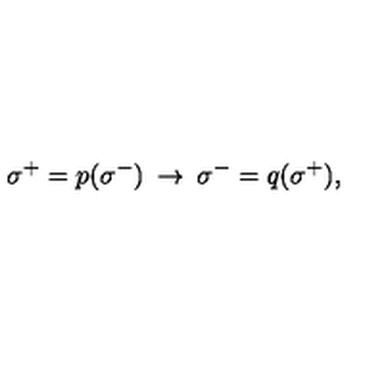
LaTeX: \: \sigma ^ { + } = p ( \sigma ^ { - } ) \: \rightarrow \: \sigma ^ { - } = q ( \sigma ^ { + } ) , \: